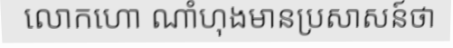
លោកហោ ណាំហុងមានប្រសាសន៍ថា